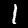
Digit: 1